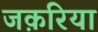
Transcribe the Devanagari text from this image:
जक़रिया